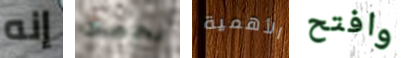
إنه يخصك الأهمية وافتح